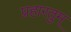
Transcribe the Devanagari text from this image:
प्रहारतुम्